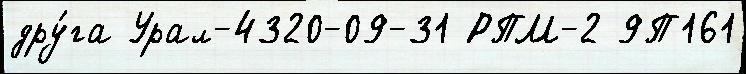
дру́га Урал-4320-09-31 РПМ-2 9П161